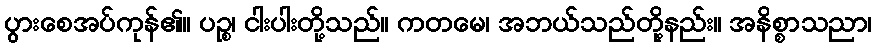
ပွားစေအပ်ကုန်၏။ ပဉ္စ၊ ငါးပါးတို့သည်။ ကတမေ၊ အဘယ်သည်တို့နည်း။ အနိစ္စာသညာ၊